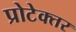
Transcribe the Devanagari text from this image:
प्रोटेक्तर